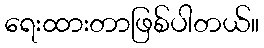
ရေးထားတာဖြစ်ပါတယ်။